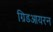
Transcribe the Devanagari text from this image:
ग्रिडआयरन